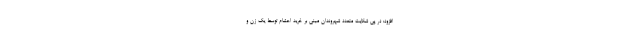
افزود: در پی شکایت متعدد شهروندان مبنی بر خرید احشام توسط یک زن و